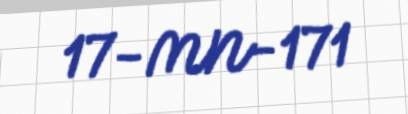
17-MN-171